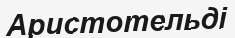
Аристотельді